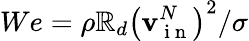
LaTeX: We=\rho\mathbb{R}_{d}\left(\mathbf{v}_{\mathrm{{~i~n~}}}^{N}\right)^{2}/\sigma